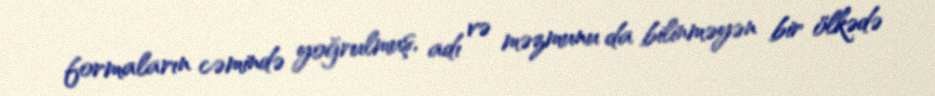
formaların cəmində yoğrulmuş, adı və məzmunu da bilinməyən bir ölkədə